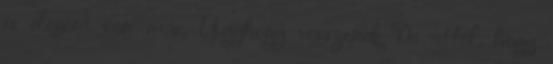
is elegem van már. Úgyhogy vesszenek De attól, hogy